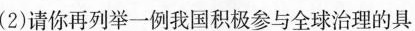
(2)请你再列举一例我国积极参与全球治理的具